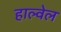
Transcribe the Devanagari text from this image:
हाल्वेल